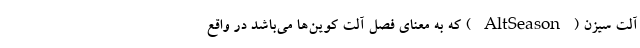
آلت سیزن ( AltSeason ) که به معنای فصل آلت کوین‌ها می‌باشد در واقع